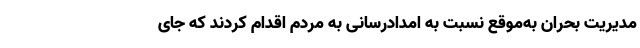
مدیریت بحران به‌موقع نسبت به امدادرسانی به مردم اقدام کردند که جای